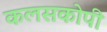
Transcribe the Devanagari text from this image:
कलसकोपी